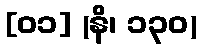
[၀၁] (နိ၊ ၁၃၀)